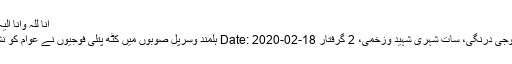
انا للہ وانا الیہ راجعون
جنایت: فوجی درنگی، سات شہری شہید وزخمی، 2 گرفتار Date: 2020-02-18 ہلمند وسرپل صوبوں میں کٹھ پتلی فوجیوں نے عوام کو نشانہ بنایا۔